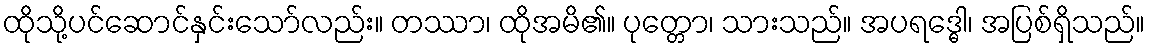
ထိုသို့ပင်ဆောင်နှင်းသော်လည်း။ တဿာ၊ ထိုအမိ၏။ ပုတ္တော၊ သားသည်။ အပရဒ္ဓေါ၊ အပြစ်ရှိသည်။